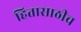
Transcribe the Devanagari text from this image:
हितासाठीच